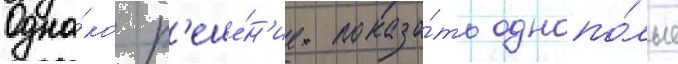
Одна́ко р'еше́н'ие показа́ть однопо́лые